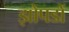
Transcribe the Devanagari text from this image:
झोपडों